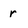
Character: r